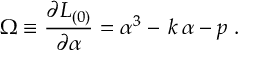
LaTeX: \Omega \equiv \frac { \partial L _ { ( 0 ) } } { \partial \alpha } = \alpha ^ { 3 } - \, k \, \alpha - p \; .